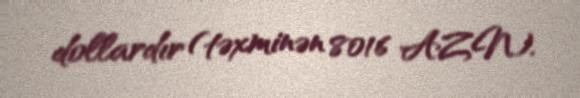
dollardır (təxminən 8016 AZN).